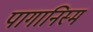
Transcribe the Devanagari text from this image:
पागानिस्म